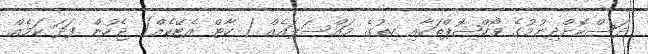
ދަސްކޮށްދިނުމުގެ ވޯކްޝޮޕްތަކާއި ހިތުގެ މައްސަލައެއް ( ހާޓް އެޓޭކެއް) ޖެހުން ފަދަ ކަމެއް